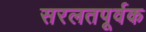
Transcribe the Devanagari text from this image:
सरलतपूर्वक